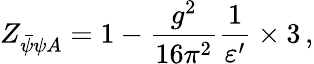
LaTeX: Z_{\bar{\psi}\psi A}=1-\frac{g^{2}}{16\pi^{2}}\frac{1}{\varepsilon^{\prime}}\times 3\, ,